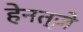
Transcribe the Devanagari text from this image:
हेनत्ज़े